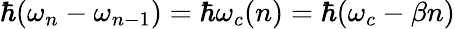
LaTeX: \hbar(\omega_{n}-\omega_{n-1})=\hbar\omega_{c}(n)=\hbar(\omega_{c}-\beta n)